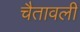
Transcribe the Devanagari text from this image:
चैतावली